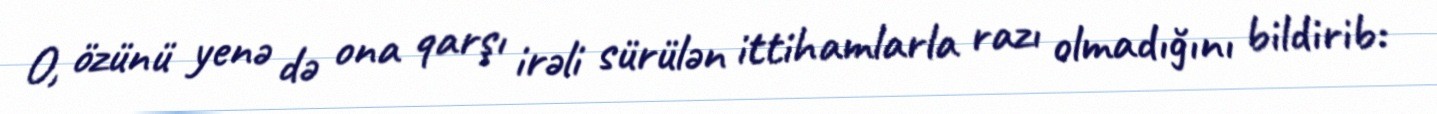
O, özünü yenə də ona qarşı irəli sürülən ittihamlarla razı olmadığını bildirib: